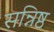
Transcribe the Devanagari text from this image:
सन्निष्ठ